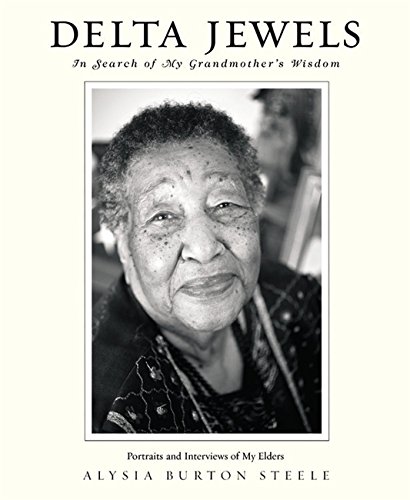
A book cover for Delta Jewels: In Search of My Grandmother's Wisdom; Alysia Burton Steele; Arts & Photography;